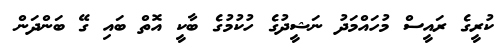
ކުރީގެ ރައީސް މުހައްމަދު ނަޝީދުގެ ހުކުމުގެ ބާކީ އޮތް ބައި ގޭ ބަންދަން